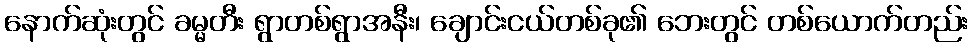
နောက်ဆုံးတွင် ခမ္မတီး ရွာတစ်ရွာအနီး၊ ချောင်းငယ်တစ်ခု၏ ဘေးတွင် တစ်ယောက်တည်း